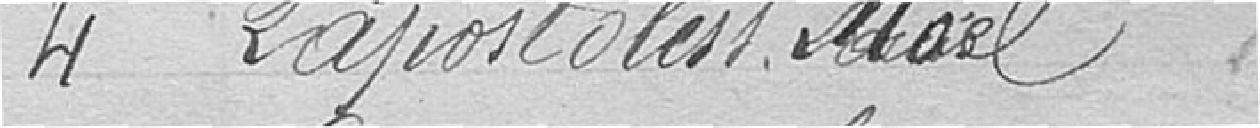
4. LAPOSTOLESS, Naël